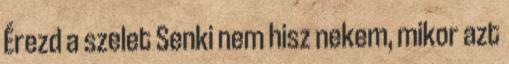
Érezd a szelet Senki nem hisz nekem, mikor azt